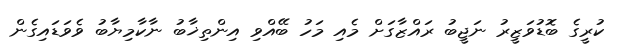
ކުރީގެ ބޮޑުވަޒީރު ނަޖީބު ރައްޒާގަށް މެއި މަހު ބޭއްވި އިންތިޚާބު ނާކާމިޔާބު ވެވަޑައިގެން